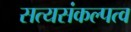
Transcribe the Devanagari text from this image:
सत्यसंकल्पत्व